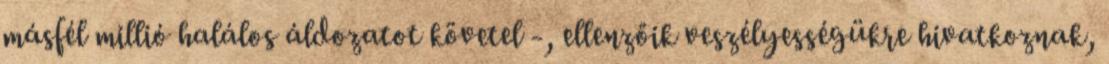
másfél millió halálos áldozatot követel -, ellenzőik veszélyességükre hivatkoznak,